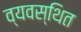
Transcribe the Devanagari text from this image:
व्‍यवस्‍िथत